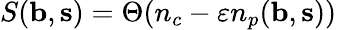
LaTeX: S({\mathbf b},{\mathbf s})=\Theta(n_{c}-\varepsilon n_{p}({\mathbf b},{\mathbf s}))